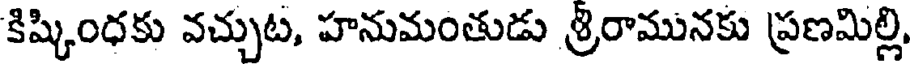
కిష్కింధకు వచ్చుట, హనుమంతుడు శ్రిరామునకు ప్రణమిల్లి,